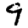
Digit: 9